system: You are a helpful assistant.
user:
Analyze the provided spectrum to determine if it is a **White Dwarf (WD)**.

A White Dwarf spectrum is defined by its **extreme purity** (due to gravitational settling) and/or **extreme pressure broadening** (due to high surface gravity). You must check for one of the following mutually exclusive signatures:

- **Key Visual Indicators (Check for ONE of these types):**

    - **1. DA-Type Signature (Most Common):**
        - **(Primary Feature):** Extreme pressure broadening (Stark broadening) of the **Hydrogen (H) Balmer lines**.
        - **(Key Lines):** $H\beta$ (approx. $4861$ Å) and $H\gamma$ (approx. $4340$ Å). $H\alpha$ (approx. $6563$ Å) will also be present if the wavelength range covers it.
        - **(Line Profile):** This is the **defining feature**. The lines are **NOT** sharp. They appear as massive, **extremely broad and deep "troughs" or "dips"** in the spectrum, often hundreds of Ångströms wide. The continuum will appear to "scoop" down at these wavelengths.
        - **(Distinction):** Normal A-type or B-type stars have *narrow* and *sharp* Hydrogen lines. A DA White Dwarf's lines are unmistakably "smeared" or "blurry" from pressure.

    - **2. DB-Type Signature:**
        - **(Primary Feature):** Broad absorption lines from **Neutral Helium (He I)**. The spectrum must lack any visible Hydrogen lines.
        - **(Key Lines):** Look for broad absorption near $4471$ Å, $4921$ Å, and $5876$ Å.
        - **(Line Profile):** These lines are also significantly pressure-broadened, appearing much wider than they would in a normal B-type main-sequence star.

    - **3. DC-Type Signature:**
        - **(Primary Feature):** A **featureless continuous spectrum**.
        - **(Line Profile):** The spectrum is a smooth curve with **no significant absorption or emission lines**.
        - **(Key Confirmation):** The continuum is almost always **blue or white**, indicating a hot object. This signature implies the atmosphere is so pure (or so cool) that no spectral lines are visible in the optical range. Its WD identity is confirmed by its extremely low intrinsic brightness (high absolute magnitude).

    - **4. DZ-Type Signature (Metal-Polluted):**
        - **(Primary Feature):** **Isolated, narrow metal absorption lines** on an otherwise featureless (DC-like) continuum.
        - **(Key Lines):** The **Calcium (Ca II) H & K doublet** (approx. **$3934$ Å** and **$3968$ Å**) is the most common and defining feature.
        - **(Line Profile):** These lines are "out of place." They are *not* part of a "forest" of thousands of lines. This signature is evidence of recent *accretion* (pollution) from rocky debris.
        - **(Distinction):** Normal G/K/M stars have a *dense forest* of thousands of metal lines. A DZ has a *clean* continuum with *only a few* strong metal lines.

    - **5. DQ-Type Signature (Carbon-Polluted):**
        - **(Primary Feature):** Absorption bands from **Carbon (C₂ "Swan Bands" or atomic C I)**.
        - **(Key Lines - C₂):** Look for bandheads with a "saw-tooth" shape near $5635$ Å, **$5165$ Å** (strongest), and $4737$ Å.
        - **(Key Confirmation):** The underlying **continuum must be blue or white** (hot).
        - **(Distinction):** This is the critical difference from a **Carbon Star**, which has the *exact same* C₂ bands but on an extremely **red, cool** continuum.

- **(Overall Spectrum):**
    - The continuum (overall shape) is typically **blue-sloping** (brighter in the blue than the red), as most white dwarfs are very hot.
    - The spectrum will look "pure" or "simple," dominated by only *one* of the five signatures listed above.

Think first, call **spectral_visualization_tool** if needed to examine features in detail, then provide your final answer. Your response must adhere to the following strict rules:
1.  **Overall Structure:** Your response must follow the format `<think>...</think> <tool_call>...</tool_call> (if a tool is used) <answer>...</answer>`.
2.  **Tool Usage Constraint:** You may only make **one** tool call per turn.
3.  **Final Answer Format:** In the `<answer>` tag, your conclusion must be inside a `\boxed{}` command (e.g., `\boxed{YES}` or `\boxed{NO}`), followed by your justification.

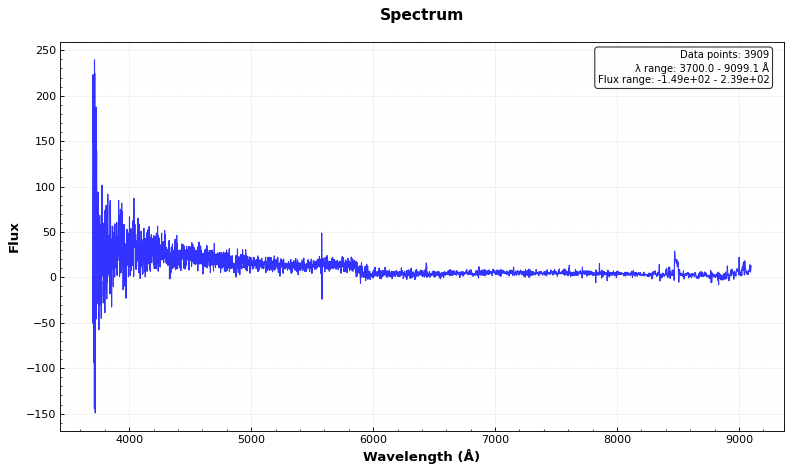
Answer: YES